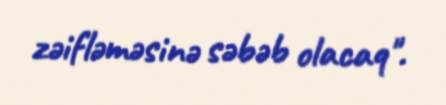
zəifləməsinə səbəb olacaq".